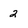
Character: 2